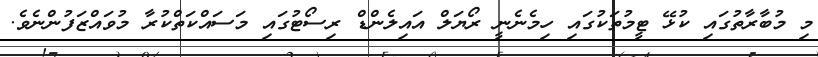
މި މުބާރާތުގައި ކުޅޭ ޓީމުތަކުގައި ހިމެނެނީ ރޯޔަލް އައިލެންޑް ރިސޯޓުގައި މަސައްކަތްކުރާ މުވައްޒަފުންނެވެ.